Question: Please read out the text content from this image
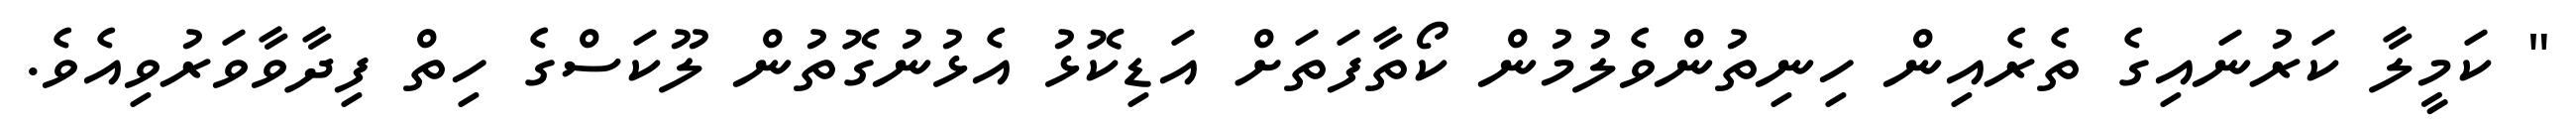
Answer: " ކަމީލާ ކަރުނައިގެ ތެރެއިން ހިނިތުންވެލުމުން ކޯތާފަތަށް އަޑިކޮޅު އެޅުނުގޮތުން ލޫކަސްގެ ހިތް ފިދާވާވަރުވިއެވެ.